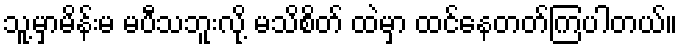
သူ့မှာမိန်းမ မပီသဘူးလို့ မသိစိတ် ထဲမှာ ထင်နေတတ်ကြပါတယ်။